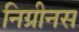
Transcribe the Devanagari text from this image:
निग्रीनस